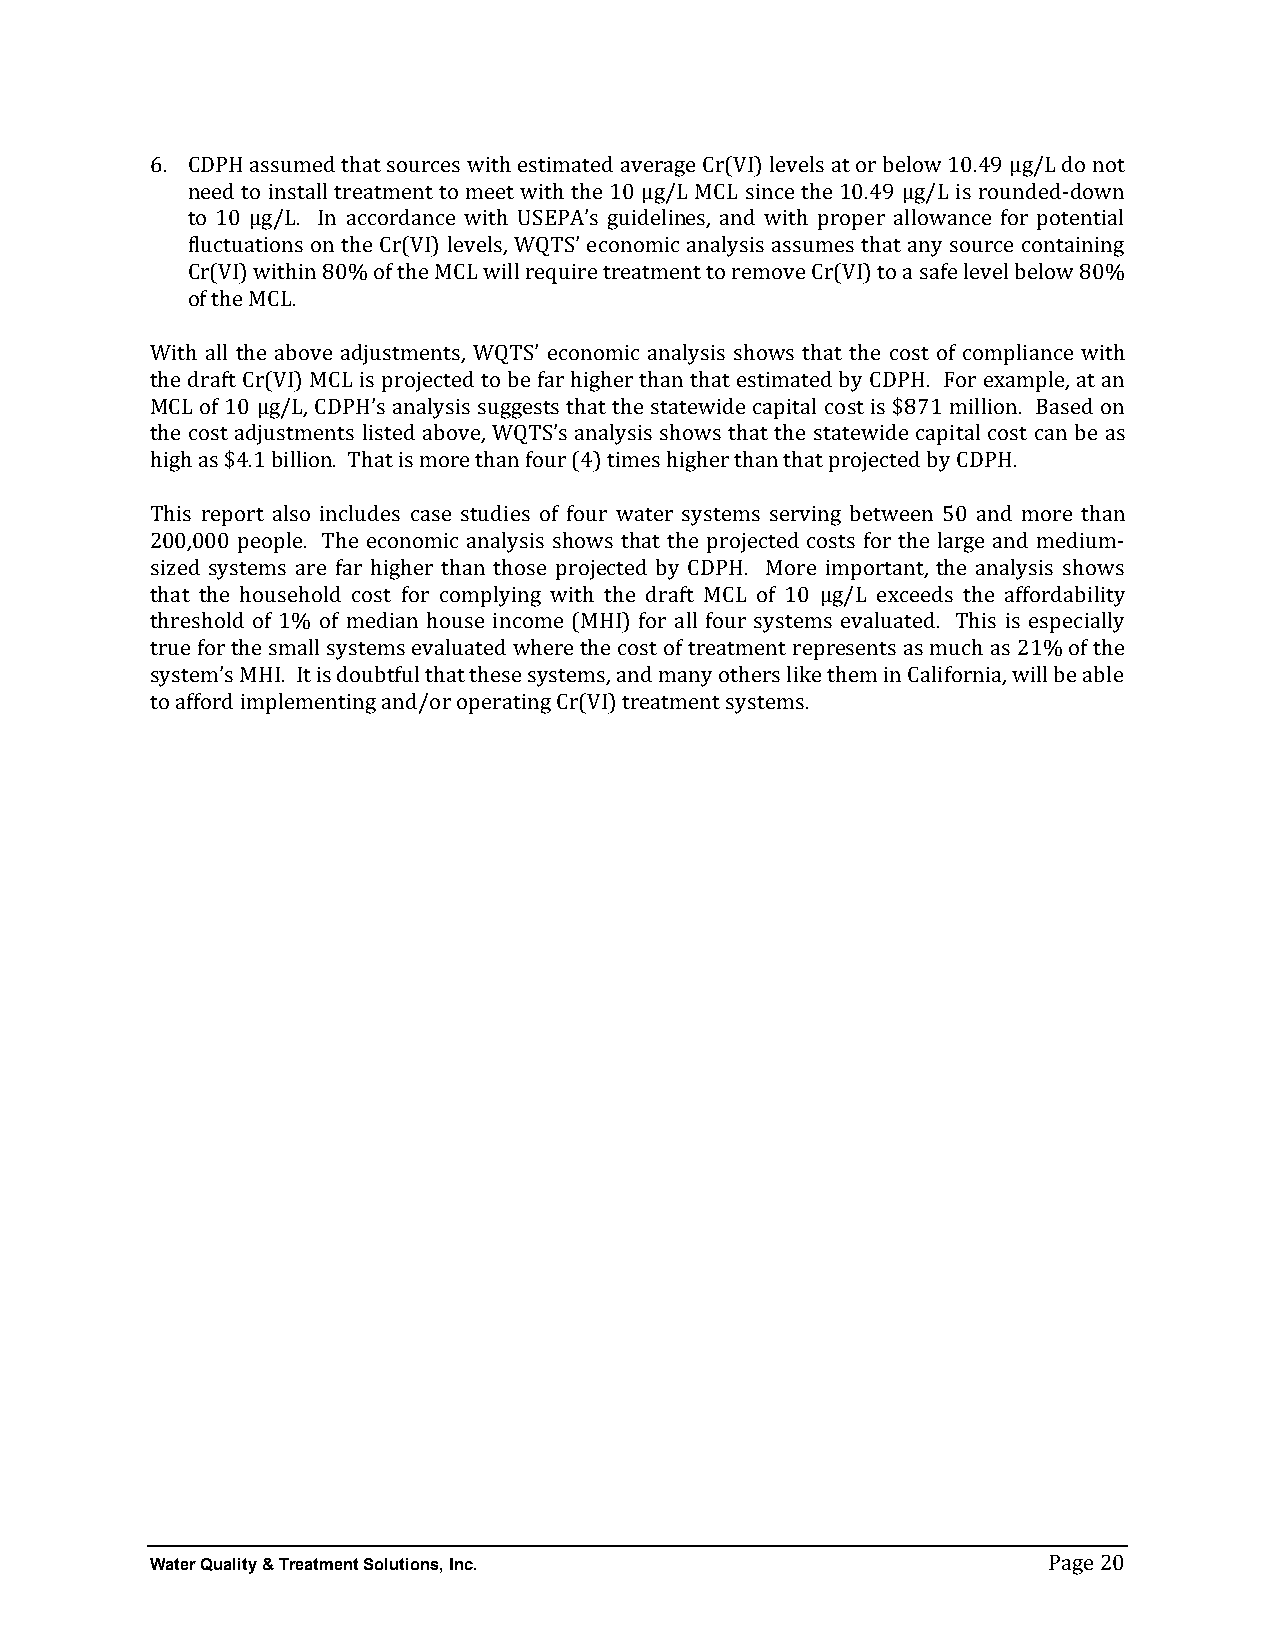
6. CDPH assumed that sources with estimated average Cr(VI) levels at or below 10.49 µg/L do not
 need to install treatment to meet with the 10 µg/L MCL since the 10.49 µg/L is rounded-­‐down
 to 10 µg/L. In accordance with USEPA’s guidelines, and with proper allowance for potential
 fluctuations on the Cr(VI) levels, WQTS’ economic analysis assumes that any source containing
 Cr(VI) within 80% of the MCL will require treatment to remove Cr(VI) to a safe level below 80%
 of the MCL.
 With all the above adjustments, WQTS’ economic analysis shows that the cost of compliance with
 the draft Cr(VI) MCL is projected to be far higher than that estimated by CDPH. For example, at an
 MCL of 10 µg/L, CDPH’s analysis suggests that the statewide capital cost is $871 million. Based on
 the cost adjustments listed above, WQTS’s analysis shows that the statewide capital cost can be as
 high as $4.1 billion. That is more than four (4) times higher than that projected by CDPH.
 This report also includes case studies of four water systems serving between 50 and more than
 200,000 people. The economic analysis shows that the projected costs for the large and medium-­‐
 sized systems are far higher than those projected by CDPH. More important, the analysis shows
 that the household cost for complying with the draft MCL of 10 µg/L exceeds the affordability
 threshold of 1% of median house income (MHI) for all four systems evaluated. This is especially
 true for the small systems evaluated where the cost of treatment represents as much as 21% of the
 system’s MHI. It is doubtful that these systems, and many others like them in California, will be able
 to afford implementing and/or operating Cr(VI) treatment systems.
 Water Quality & Treatment Solutions, Inc.
 Page 20